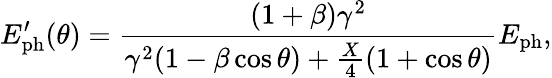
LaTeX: E_{\mathrm{ph}}^{\prime}(\theta)=\frac{(1+\beta)\gamma^{2}}{\gamma^{2}(1-\beta\cos\theta)+\frac{X}{4}(1+\cos\theta)}E_{\mathrm{ph}},